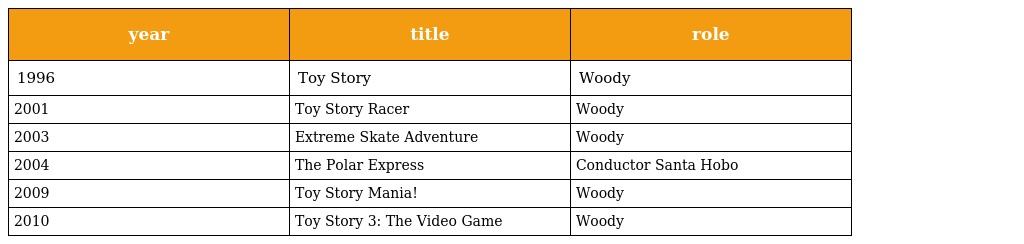
| year | title | role |
 | --- | --- | --- |
 | 1996 | Toy Story | Woody |
 | 2001 | Toy Story Racer | Woody |
 | 2003 | Extreme Skate Adventure | Woody |
 | 2004 | The Polar Express | Conductor Santa Hobo |
 | 2009 | Toy Story Mania! | Woody |
 | 2010 | Toy Story 3: The Video Game | Woody |